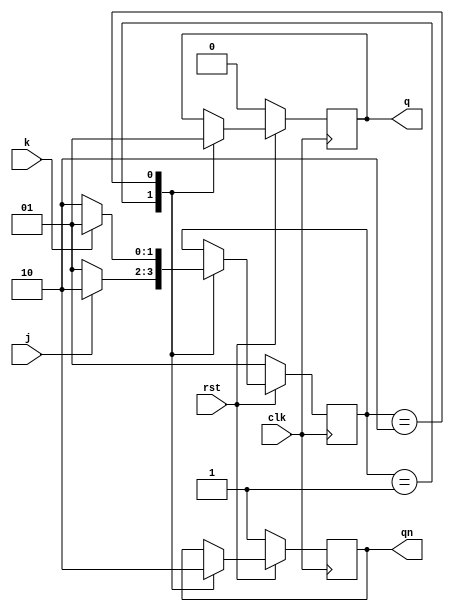
module moore(output reg q, qn, input clk, rst, j, k);
    parameter A = 2'b01, B = 2'b10;
    reg [1:0] state;

    always @(posedge clk) begin
        if(!rst) begin {q, qn} <= 2'b01; state <= A; end 
        else begin    
            case (state)
                A:  begin
                    {q, qn} <= 2'b01;
                    state <= (j == 1'b1) ? B : A;
                    end
                B:  begin
                    {q, qn} <= 2'b10;
                    state <= (k == 1'b1) ? A : B;
                    end
                default: ;
            endcase 
        end
    end
endmodule